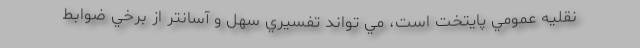
نقليه عمومي پايتخت است، مي تواند تفسيري سهل و آسانتر از برخي ضوابط